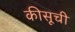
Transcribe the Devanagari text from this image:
कीसूची